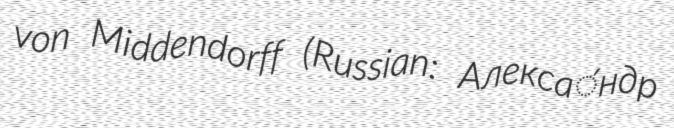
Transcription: von Middendorff (Russian: Алекса́ндр